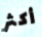
أكثر